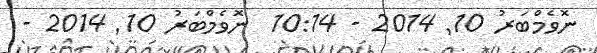
ނޮވެމްބަރު 10